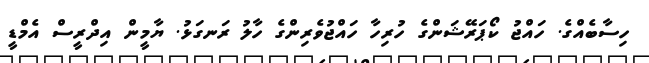
ހިސާބެއްގެ. ހައްޖު ކޯޕަރޭޝަންގެ ހުރިހާ ހައްޖުވެރިންގެ ހާލު ރަނގަޅު. ޔާމީން އިދްރީސް އެމްޑީ